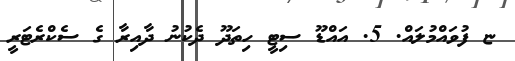
ޏ ފުވައްމުލައް. 5. އައްޑޫ ސިޓީ ހިތަދޫ ދެކުނު ދާއިރާ ގެ ސެކްރެޓަރީ